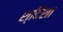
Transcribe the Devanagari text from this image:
श्दिशा